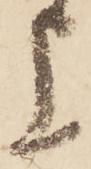
上